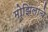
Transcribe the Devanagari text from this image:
मोझिलाचे